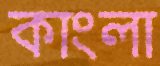
কাংলা